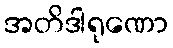
အတိဒါရုဏော